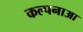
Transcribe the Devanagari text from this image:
कल्पनाआ